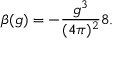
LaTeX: \beta ( g ) = - \frac { g ^ { 3 } } { ( 4 \pi ) ^ { 2 } } 8 .